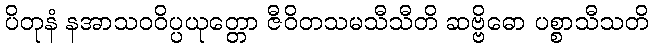
ပိတုနံ နအာသဝဝိပ္ပယုတ္တော ဇီဝိတသမသီသီတိ ဆဗ္ဗိဓော ပစ္စာသီသတိ